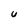
Character: U